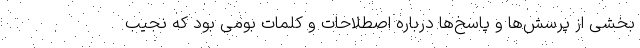
بخشی از پرسش­ها و پاسخ­ها درباره اصطلاحات و کلمات بومی بود که نجیب